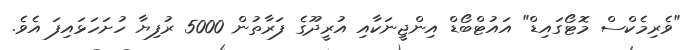
"ވެރިމެކްސް މޮޓޯގައިޑް" އައުޓްބޯޑް އިންޖީނަކާއި އުރީދޫގެ ފަރާތުން 5000 ރުފިޔާ ހުށަހަޅައިފަ އެވެ.